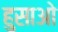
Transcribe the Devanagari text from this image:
हुसाओ